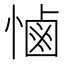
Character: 𢟧